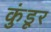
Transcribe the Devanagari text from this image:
कुंडूर